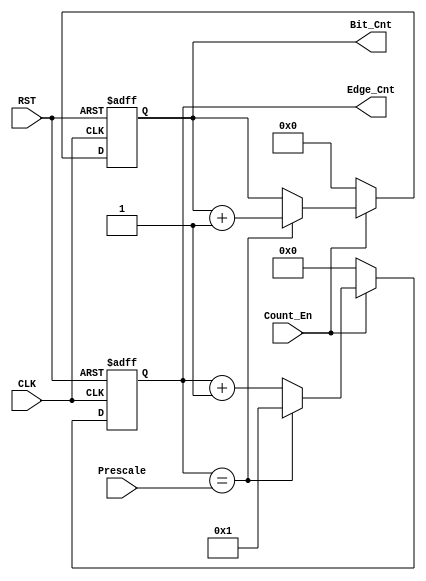
module UART_Rx_Counter (
    input       wire                     Count_En,
    input       wire        [7:0]        Prescale,
    input       wire                     CLK,  
    input       wire                     RST,
    output      reg         [7:0]        Edge_Cnt,
    output      reg         [3:0]        Bit_Cnt
);

always @ (posedge CLK or negedge RST)
    begin
        if (!RST)
            begin
                Edge_Cnt <= 8'b00000000;
                Bit_Cnt  <= 4'b0000;
            end
        else
            begin
                if (Count_En)
                    begin
                        Edge_Cnt <= Edge_Cnt + 1;
                        if (Edge_Cnt == Prescale)
                            begin
                                Bit_Cnt <= Bit_Cnt + 1;
                                Edge_Cnt <= 5'b00000001;
                            end
                    end
                else
                    begin
                        Edge_Cnt <= 5'b00000000;
                        Bit_Cnt  <= 4'b0000;
                    end
            end
    end

endmodule